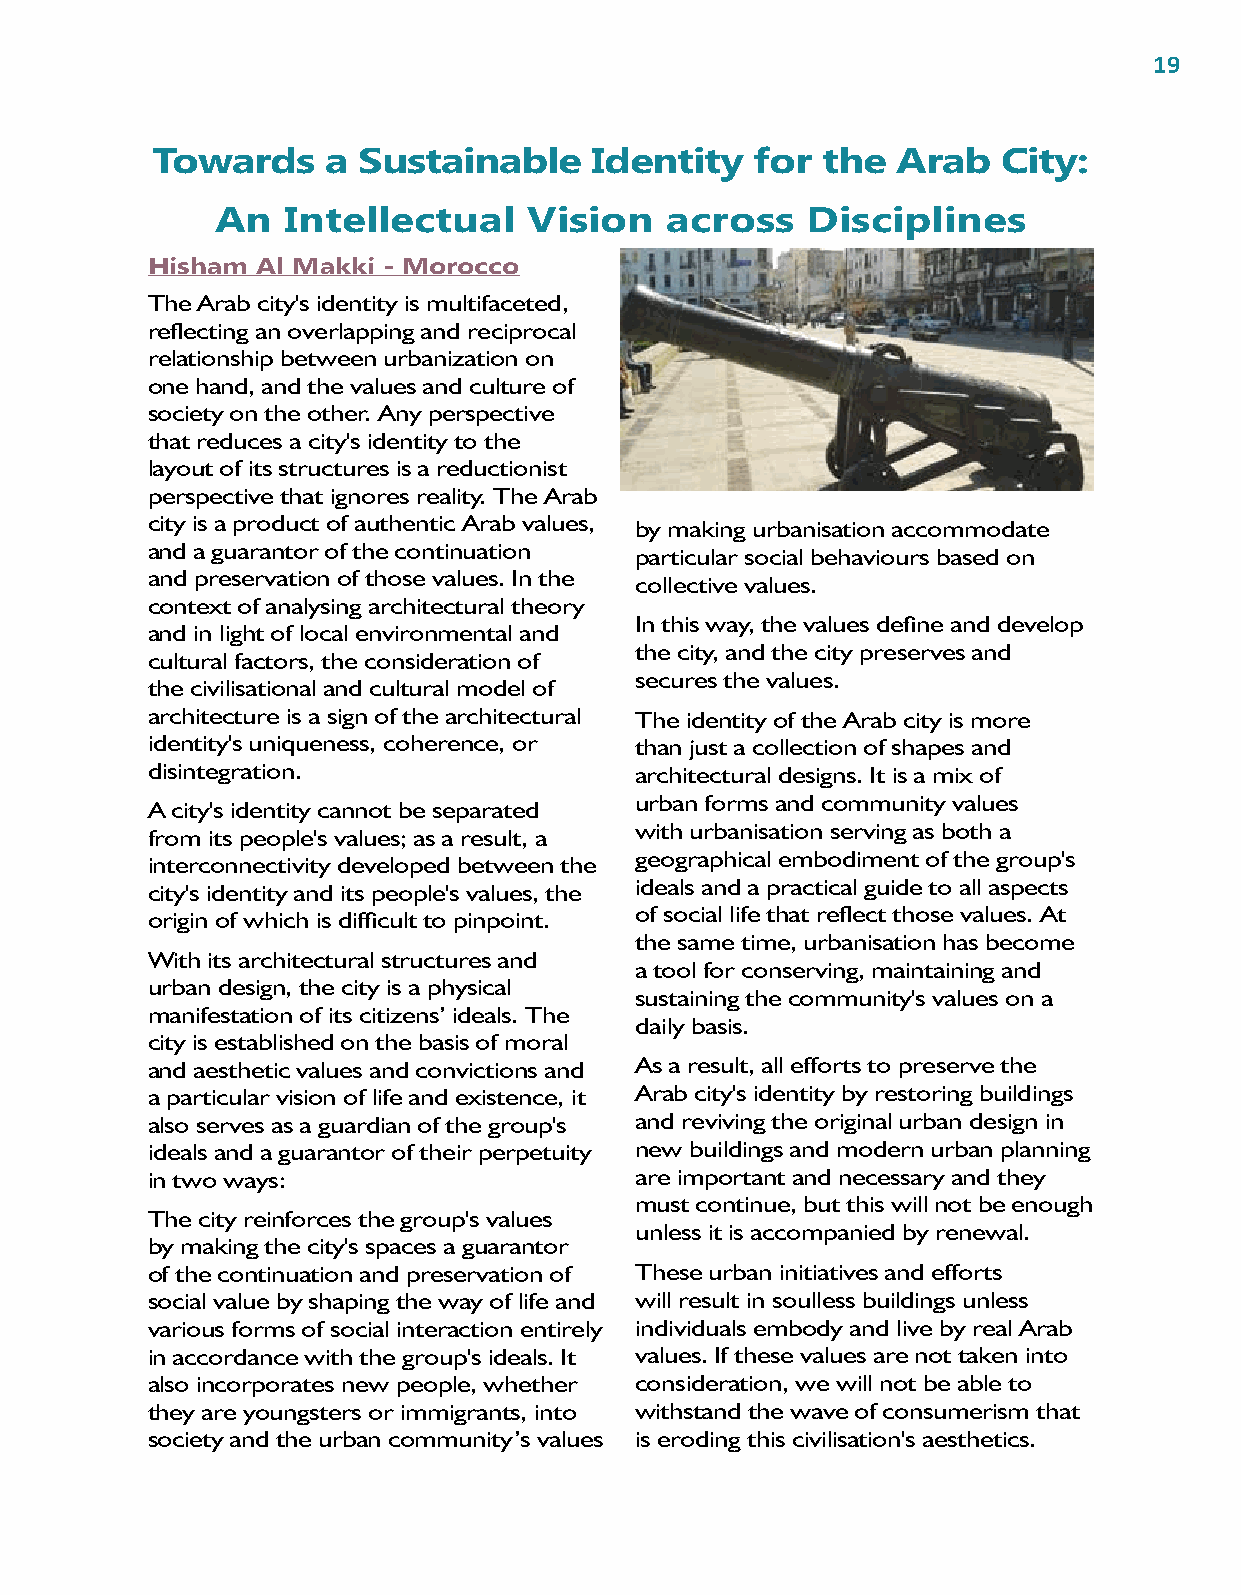
19
 Towards     a Sustainable    Identity   for the  Arab   City:
 An   Intellectual    Vision   across   Disciplines
 Hisham Al Makki - Morocco
 The Arab city's identity is multifaceted,
 reflecting an overlapping and reciprocal
 relationship between urbanization on
 one hand, and the values and culture of
 society on the other. Any perspective
 that reduces a city's identity to the
 layout of its structures is a reductionist
 perspective that ignores reality. The Arab
 city is a product of authentic Arab values, by making urbanisation accommodate
 and a guarantor of the continuation particular social behaviours based on
 and preservation of those values. In the
 collective values.
 context of analysing architectural theory
 In this way, the values define and develop
 and in light of local environmental and
 the city, and the city preserves and
 cultural factors, the consideration of
 secures the values.
 the civilisational and cultural model of
 architecture is a sign of the architectural The identity of the Arab city is more
 identity's uniqueness, coherence, or than just a collection of shapes and
 disintegration.                 architectural designs. It is a mix of
 urban forms and community values
 A city's identity cannot be separated
 with urbanisation serving as both a
 from its people's values; as a result, a
 geographical embodiment of the group's
 interconnectivity developed between the
 city's identity and its people's values, the ideals and a practical guide to all aspects
 origin of which is difficult to pinpoint. of social life that reflect those values. At
 the same time, urbanisation has become
 With its architectural structures and
 a tool for conserving, maintaining and
 urban design, the city is a physical
 sustaining the community's values on a
 manifestation of its citizens’ ideals. The
 daily basis.
 city is established on the basis of moral
 and aesthetic values and convictions and As a result, all efforts to preserve the
 a particular vision of life and existence, it Arab city's identity by restoring buildings
 also serves as a guardian of the group's and reviving the original urban design in
 ideals and a guarantor of their perpetuity new buildings and modern urban planning
 in two ways:                    are important and necessary and they
 must continue, but this will not be enough
 The city reinforces the group's values
 unless it is accompanied by renewal.
 by making the city's spaces a guarantor
 of the continuation and preservation of These urban initiatives and efforts
 social value by shaping the way of life and will result in soulless buildings unless
 various forms of social interaction entirely individuals embody and live by real Arab
 in accordance with the group's ideals. It values. If these values are not taken into
 also incorporates new people, whether consideration, we will not be able to
 they are youngsters or immigrants, into withstand the wave of consumerism that
 society and the urban community’s values is eroding this civilisation's aesthetics.